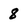
Character: 8